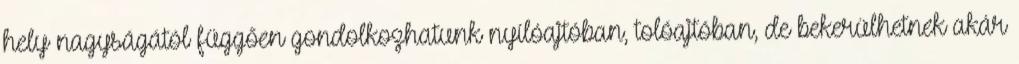
hely nagyságától függően gondolkozhatunk nyílóajtóban, tolóajtóban, de bekerülhetnek akár